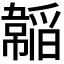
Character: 𩏍